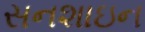
સનશાઇન